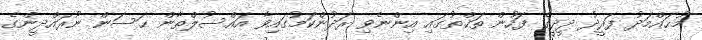
މުޙައްމަދު ފަރީދު ދީދީގެ ފަހުން ތަޚްތުގައި އިންނެވި ރަދުންކަމުގައިވާ އައްސުލްޠާން ޙަސަން ނޫރައްދީންގެ